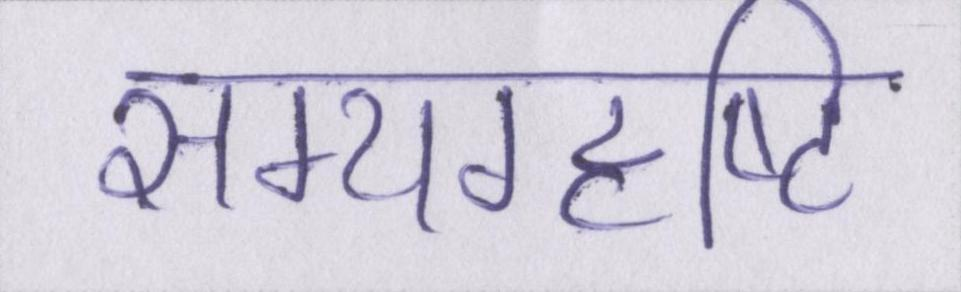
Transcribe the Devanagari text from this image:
सम्यग्दृष्टि